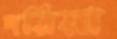
দরিয়া